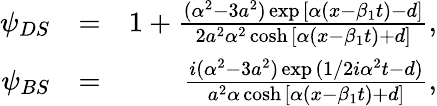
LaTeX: \begin{array}{rlr}{\psi_{DS}}&{=}&{1+\frac{(\alpha^{2}-3a^{2})\exp{[\alpha(x-\beta_{1}t)-d]}}{2a^{2}\alpha^{2}\cosh{[\alpha(x-\beta_{1}t)+d]}},}\\ {\psi_{BS}}&{=}&{\frac{i(\alpha^{2}-3a^{2})\exp{(1/2i\alpha^{2}t-d)}}{a^{2}\alpha\cosh{[\alpha(x-\beta_{1}t)+d]}},}\end{array}